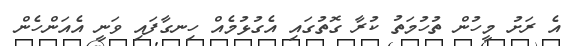
އެ ރަށު މީހުން ތުހުމަތު ކުރާ ގޮތުގައި އެގުޅުމެއް ހިނގާފައި ވަނީ އެއަންހެން